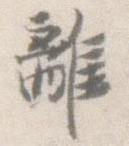
離